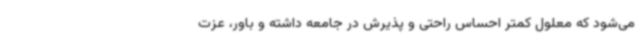
می‌شود که معلول کمتر احساس راحتی و پذیرش در جامعه داشته و باور، عزت